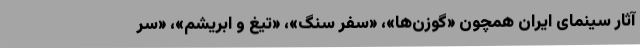
آثار سینمای ایران همچون «گوزن‌ها»، «سفر سنگ»، «تیغ و ابریشم»، «سر